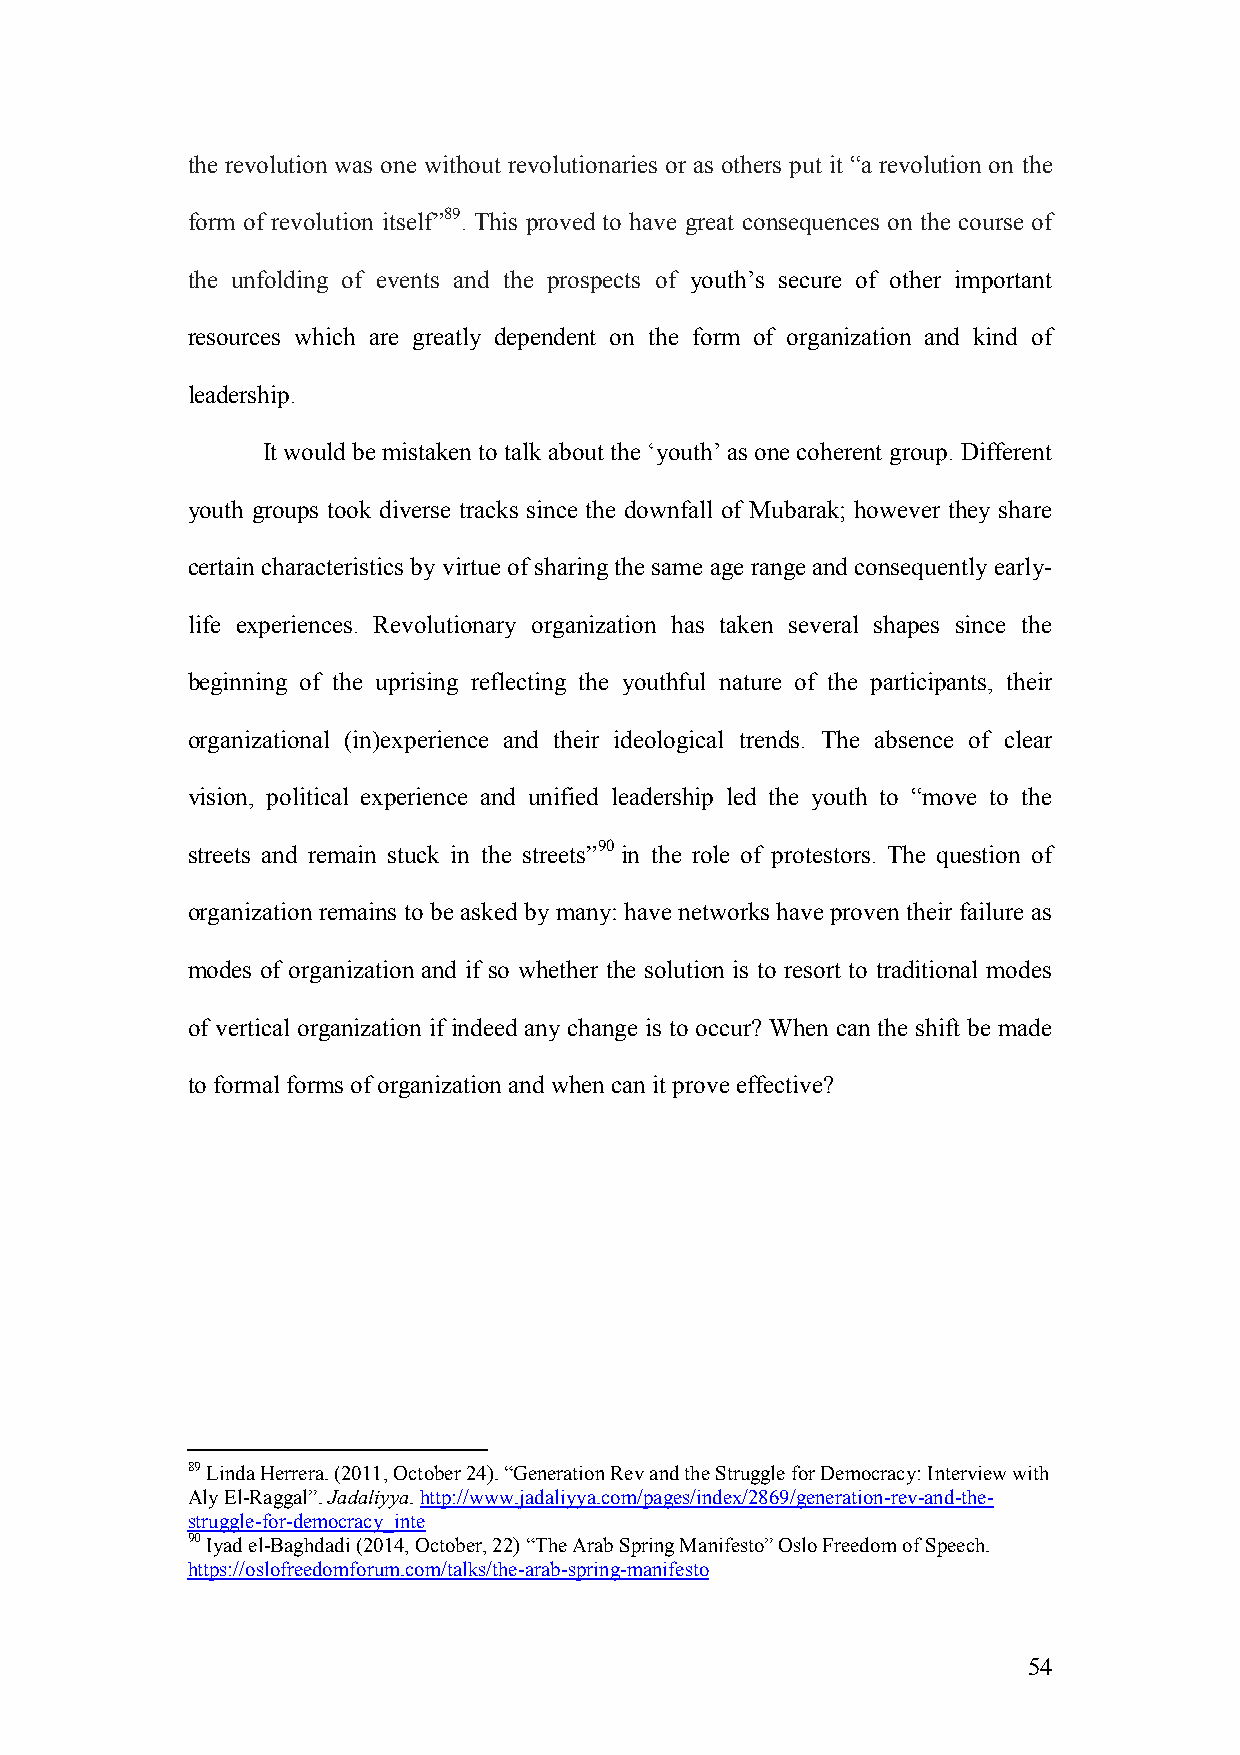
the revolution was one without revolutionaries or as others put it “a revolution on the
 form of revolution itself”89. This proved to have great consequences on the course of
 the unfolding of events and the prospects of youth’s secure of other important
 resources which are greatly dependent on the form of organization and kind of
 leadership.
 It would be mistaken to talk about the ‘youth’ as one coherent group. Different
 youth groups took diverse tracks since the downfall of Mubarak; however they share
 certain characteristics by virtue of sharing the same age range and consequently early-
 life experiences. Revolutionary organization has taken several shapes since the
 beginning of the uprising reflecting the youthful nature of the participants, their
 organizational (in)experience and their ideological trends. The absence of clear
 vision, political experience and unified leadership led the youth to “move to the
 streets and remain stuck in the streets”90 in the role of protestors. The question of
 organization remains to be asked by many: have networks have proven their failure as
 modes of organization and if so whether the solution is to resort to traditional modes
 of vertical organization if indeed any change is to occur? When can the shift be made
 to formal forms of organization and when can it prove effective?
 89 Linda Herrera. (2011, October 24). “Generation Rev and the Struggle for Democracy: Interview with
 Aly El-Raggal”. Jadaliyya. http://www.jadaliyya.com/pages/index/2869/generation-rev-and-the-
 struggle-for-democracy_inte
 90 Iyad el-Baghdadi (2014, October, 22) “The Arab Spring Manifesto” Oslo Freedom of Speech.
 https://oslofreedomforum.com/talks/the-arab-spring-manifesto
 54